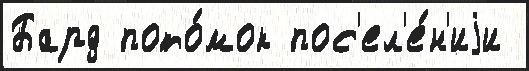
Бард пото́мок пос'ел'е́н'иjи